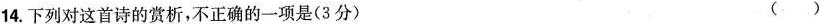
14.下列对这首诗的赏析，不正确的一项是(3分) ( )